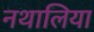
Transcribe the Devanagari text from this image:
नथालिया